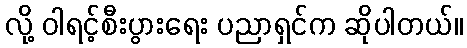
လို့ ဝါရင့်စီးပွားရေး ပညာရှင်က ဆိုပါတယ်။